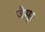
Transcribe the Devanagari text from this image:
जैसूर